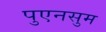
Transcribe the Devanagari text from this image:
पुएनसुम